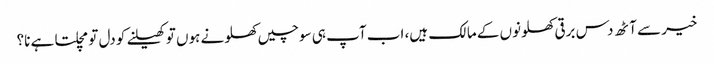
خیر سے آٹھ دس برقی کھلونوں کے مالک ہیں، اب آپ ہی سوچیں کھلونے ہوں تو کھیلنے کو دل تو مچلتا ہے نا؟